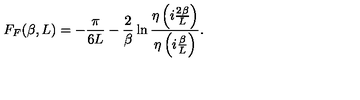
F _ { F } ( \beta , L ) = - \frac { \pi } { 6 L } - \frac { 2 } { \beta } \ln { \frac { \eta \left( i \frac { 2 \beta } { L } \right) } { \eta \left( i \frac { \beta } { L } \right) } } .